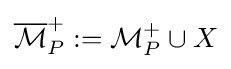
{\overline {\mathcal {M}}}_{P}^{+}:={\mathcal {M}}_{P}^{+}\cup X